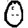
Digit: 0